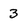
Character: 3